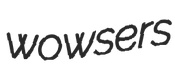
wowsers